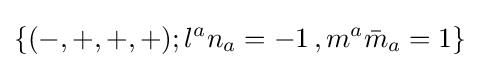
\{(-,+,+,+);l^{a}n_{a}=-1\,,m^{a}{\bar {m}}_{a}=1\}